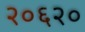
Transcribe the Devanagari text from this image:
२०६२०